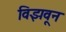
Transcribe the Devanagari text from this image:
विझवून